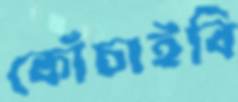
কোঁচাইবি